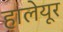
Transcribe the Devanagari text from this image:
हालेयूर